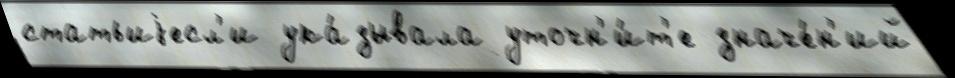
статьиjесл'и ука́зывала уточн'и́т'е значе́н'ий